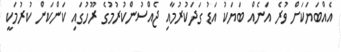
އެއްބަޔަކަށް ވުރެ އަނެއް ބަޔަކު އަޑު ގަދަކުރުމާއި ޖެއްސުންކުރުމުގެ ރޫހުގައި ކަންކަން ކުރުމަކީ